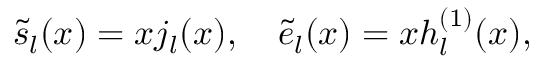
\tilde { s } _ { l } ( x ) = x j _ { l } ( x ) , \quad \tilde { e } _ { l } ( x ) = x h _ { l } ^ { ( 1 ) } ( x ) ,